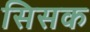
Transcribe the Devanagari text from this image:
सिसक